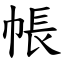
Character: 帳